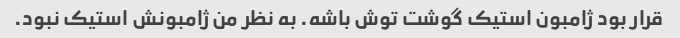
قرار بود ژامبون استیک گوشت توش باشه. به نظر من ژامبونش استیک نبود.